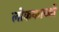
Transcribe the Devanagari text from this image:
लोककाव्यों